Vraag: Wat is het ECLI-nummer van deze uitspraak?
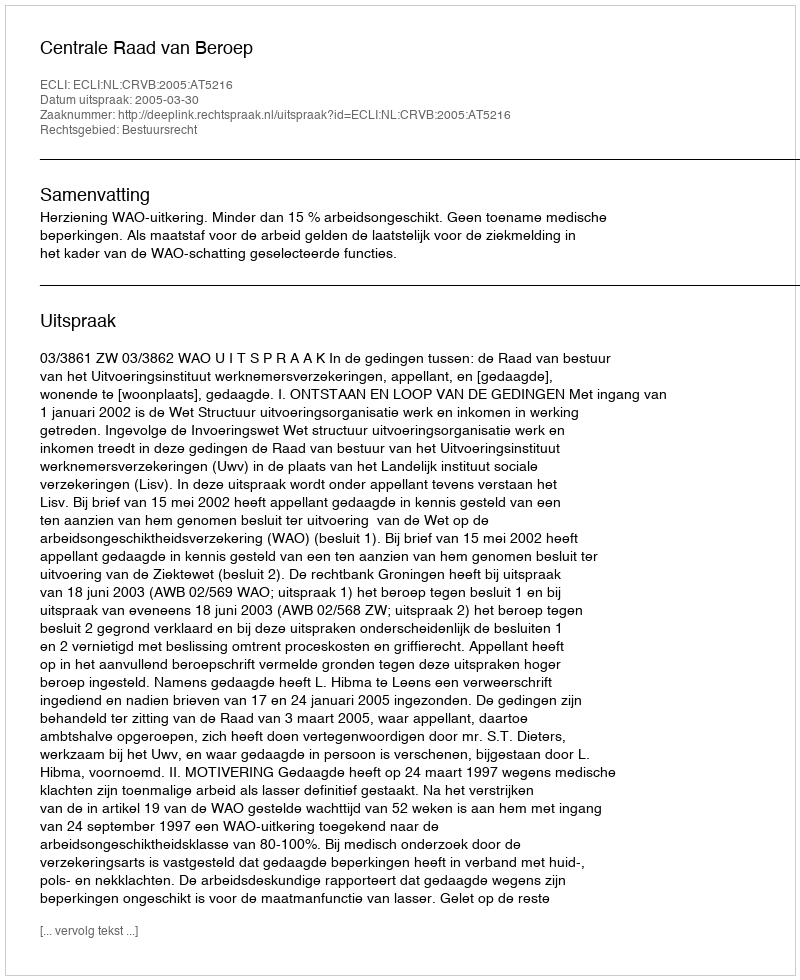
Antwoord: ECLI:NL:CRVB:2005:AT5216